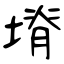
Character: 塉